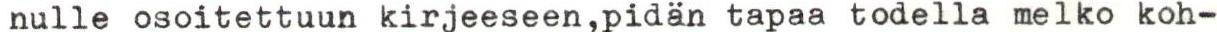
nulle osoitettuun kirjeeseen,pidän tapaa todella melko koh-